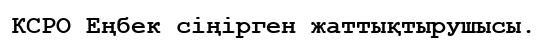
КСРО Еңбек сіңірген жаттықтырушысы.